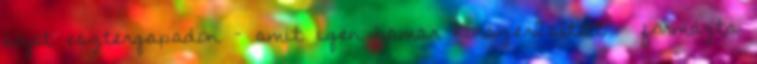
saját esztergapadon – amit igen hamar korszerûsített – formázta